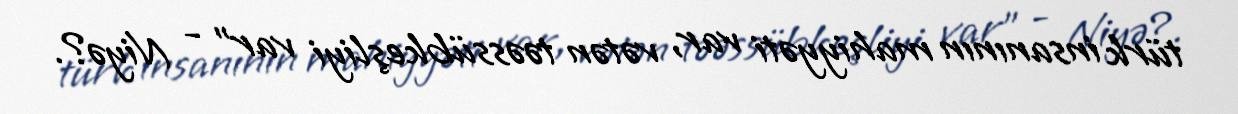
türk insanının mahiyyəti var, vətən təəssübkeşliyi var” - Niyə?.